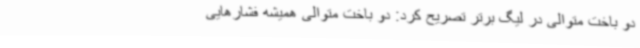
دو باخت متوالی در لیگ برتر تصریح کرد: دو باخت متوالی همیشه فشارهایی